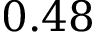
0 . 4 8